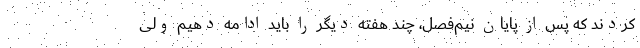
کردند که پس از پایان نیم‌فصل، چند هفته دیگر را باید ادامه دهیم ولی